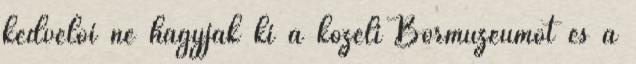
kedvelői ne hagyják ki a közeli Bormúzeumot és a